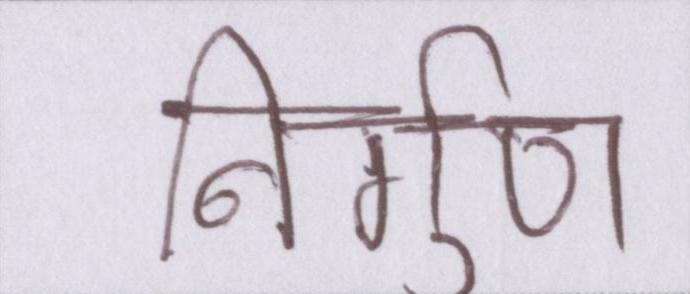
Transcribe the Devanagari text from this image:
निर्गुण